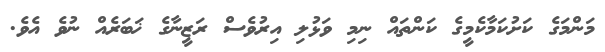
މަންމަގެ ކަށުކަމާކެމީގެ ކަންތައް ނިމި ވަޅުލި އިރުވެސް ރަޒީނާގެ ޚަބަރެއް ނުވެ އެވެ.